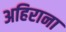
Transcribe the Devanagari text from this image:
अहिराना